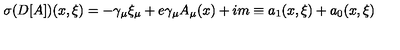
\sigma ( D [ A ] ) ( x , \xi ) = - \gamma _ { \mu } \xi _ { \mu } + e \gamma _ { \mu } A _ { \mu } ( x ) + i m \equiv a _ { 1 } ( x , \xi ) + a _ { 0 } ( x , \xi )